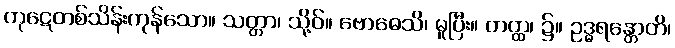
ကုဋေတစ်သိန်းကုန်သော။ သတ္တာ၊ သို့ဝ်။ ဗောဓေသိ၊ မူပြီး။ တတ္ထ၊ ၌။ ဥဒ္ဓရန္တောတိ၊